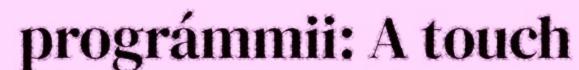
prográmmii: A touch